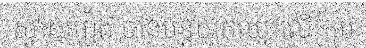
ស្វាយរៀង បានបន្តយកឈ្នះលើក្រុម